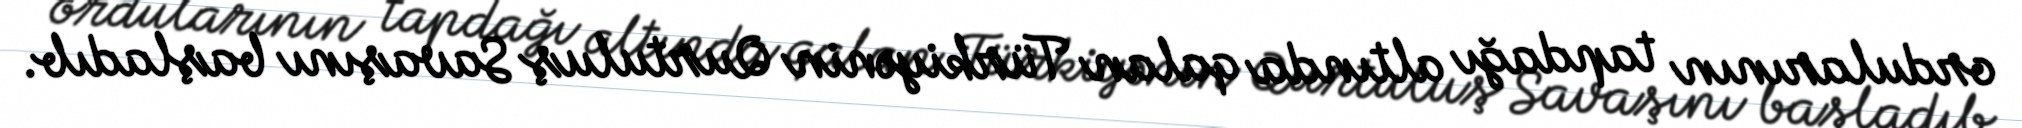
ordularının tapdağı altında qalan Türkiyənin Qurtuluş Savaşını başladıb.